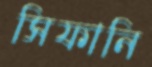
সিফানি